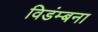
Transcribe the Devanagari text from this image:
विडंम्बना